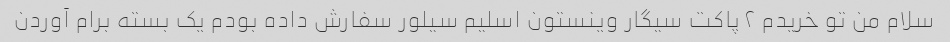
سلام من تو خریدم ۲ پاکت سیگار وینستون اسلیم سیلور سفارش داده بودم یک بسته برام آوردن